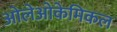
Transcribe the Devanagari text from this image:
ओलेओकेमिकल